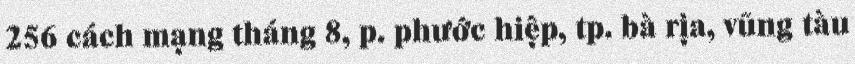
256 cách mạng tháng 8, p. phước hiệp, tp. bà rịa, vũng tàu